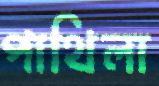
পাথিলা